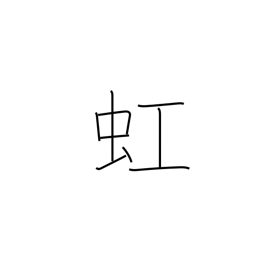
Meaning: rainbow